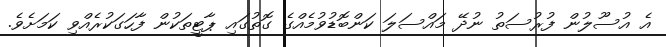
އެ އުސޫލުން ފުރުސަތު ނުދޭ މައްސަލަ ކަންބޮޑުވުމެއްގެ ގޮތުގައި ޕާޓީތަކުން ފާހަގަކުރެއްވި ކަމަށެވެ.